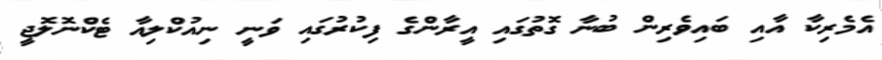
އެމެރިކާ އާއި ބައިވެރިން ބުނާ ގޮތުގައި އީރާންގެ ފިކުރުގައި ވަނީ ނިއުކްލިއާ ޓެކްނޮލޮޖީ